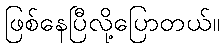
ဖြစ်နေပြီလို့ပြောတယ်။